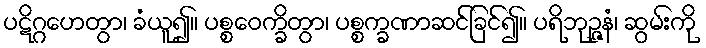
ပဋိဂ္ဂဟေတွာ၊ ခံယူ၍။ ပစ္စဝေက္ခိတွာ၊ ပစ္စက္ခဏာဆင်ခြင်၍။ ပရိဘုဉ္ဇနံ၊ ဆွမ်းကို